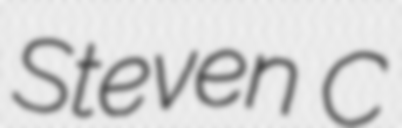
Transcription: Steven C